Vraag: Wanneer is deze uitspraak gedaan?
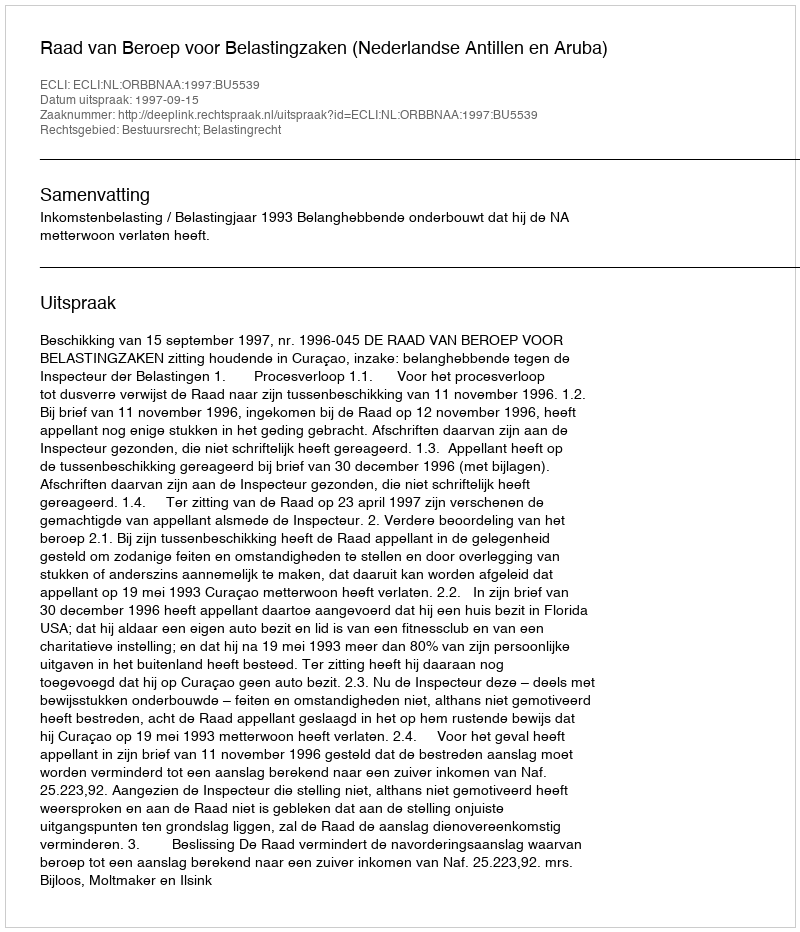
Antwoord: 1997-09-15